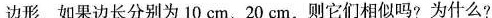
边形. 如果边长分别为10cm、20cm，则它们相似吗? 为什么?